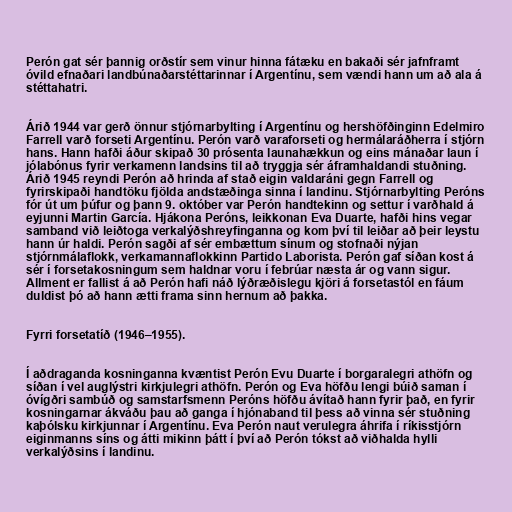
Perón gat sér þannig orðstír sem vinur hinna fátæku en bakaði sér jafnframt
óvild efnaðari landbúnaðarstéttarinnar í Argentínu, sem vændi hann um að ala á
stéttahatri.

Árið 1944 var gerð önnur stjórnarbylting í Argentínu og hershöfðinginn Edelmiro
Farrell varð forseti Argentínu. Perón varð varaforseti og hermálaráðherra í stjórn
hans. Hann hafði áður skipað 30 prósenta launahækkun og eins mánaðar laun í
jólabónus fyrir verkamenn landsins til að tryggja sér áframhaldandi stuðning.
Árið 1945 reyndi Perón að hrinda af stað eigin valdaráni gegn Farrell og
fyrirskipaði handtöku fjölda andstæðinga sinna í landinu. Stjórnarbylting Peróns
fór út um þúfur og þann 9. október var Perón handtekinn og settur í varðhald á
eyjunni Martin García. Hjákona Peróns, leikkonan Eva Duarte, hafði hins vegar
samband við leiðtoga verkalýðshreyfinganna og kom því til leiðar að þeir leystu
hann úr haldi. Perón sagði af sér embættum sínum og stofnaði nýjan
stjórnmálaflokk, verkamannaflokkinn Partido Laborista. Perón gaf síðan kost á
sér í forsetakosningum sem haldnar voru í febrúar næsta ár og vann sigur.
Allment er fallist á að Perón hafi náð lýðræðislegu kjöri á forsetastól en fáum
duldist þó að hann ætti frama sinn hernum að þakka.

Fyrri forsetatíð (1946–1955).

Í aðdraganda kosninganna kvæntist Perón Evu Duarte í borgaralegri athöfn og
síðan í vel auglýstri kirkjulegri athöfn. Perón og Eva höfðu lengi búið saman í
óvígðri sambúð og samstarfsmenn Peróns höfðu ávítað hann fyrir það, en fyrir
kosningarnar ákváðu þau að ganga í hjónaband til þess að vinna sér stuðning
kaþólsku kirkjunnar í Argentínu. Eva Perón naut verulegra áhrifa í ríkisstjórn
eiginmanns síns og átti mikinn þátt í því að Perón tókst að viðhalda hylli
verkalýðsins í landinu.